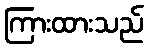
ကြားထားသည်